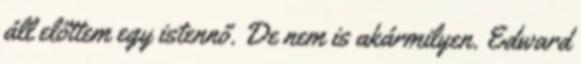
áll előttem egy istennő. De nem is akármilyen. Edward